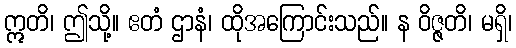
ဣတိ၊ ဤသို့။ ဧတံ ဌာနံ၊ ထိုအကြောင်းသည်။ န ဝိဇ္ဇတိ၊ မရှိ၊